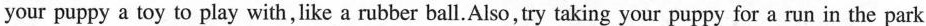
your puppy a toy to play with, like a rubber ball.Also,try taking your puppy for a run in the park